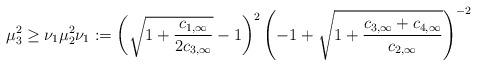
LaTeX: \begin{align*}\mu_3^2 \geq \nu_1 \mu_2^2 \nu_1 := \left(\sqrt{1 + \frac{c_{1,\infty}}{2c_{3,\infty}}} - 1\right)^2\left(-1 + \sqrt{1 + \frac{c_{3,\infty} + c_{4,\infty}}{c_{2,\infty}}}\right)^{-2}\end{align*}